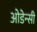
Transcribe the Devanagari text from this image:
ओडेन्सी